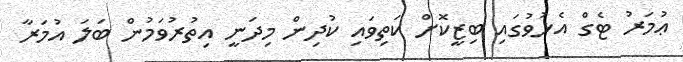
ޢުމަރު ޓެގް އެޅުވުގައި ބިޒީކޮށް ކަތިވައި ކުދިން މިދަނީ އިތުރުވަމުން ބަލަ އުމަރާ